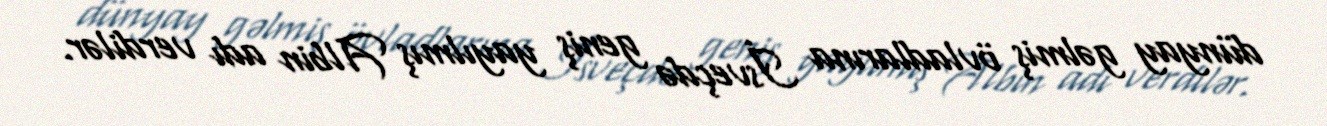
dünyay gəlmiş övladlarına İsveçdə geniş yayılmış Albin adı verdilər.